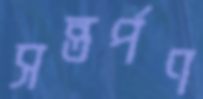
সন্তর্পণ